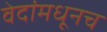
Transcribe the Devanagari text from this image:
वेदांमधूनच